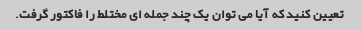
تعیین کنید که آیا می توان یک چند جمله ای مختلط را فاکتور گرفت.